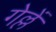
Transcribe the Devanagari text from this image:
गेल्लें